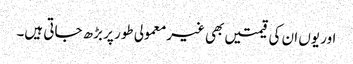
اور یوں ان کی قیمتیں بھی غیرمعمولی طور پر بڑھ جاتی ہیں۔